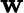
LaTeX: \mathbf{w}